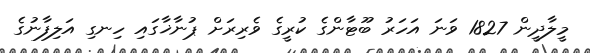
މީލާދީން 1827 ވަނަ އަހަރު ބޫޓާންގެ ކުރީގެ ވެރިރަށް ޕުނާޚާގައި ހިނގި އަލިފާނުގެ